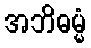
အဘိဓမ္မံ